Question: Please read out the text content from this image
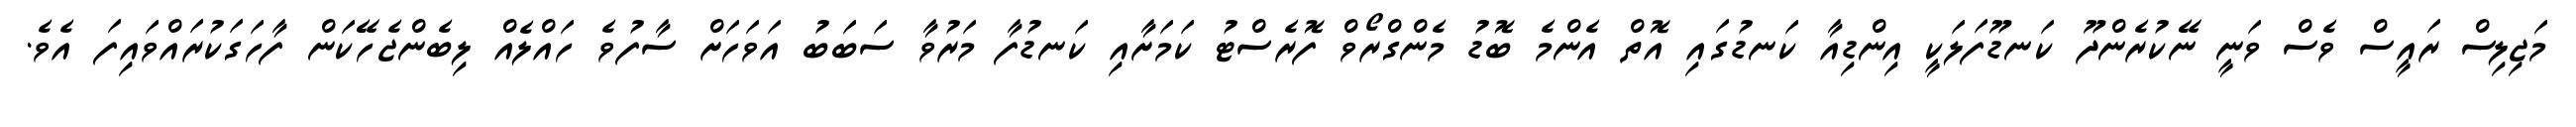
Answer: މަޖިލިސް ރައީސް ވެސް ވަނީ ނޭކުރެންދޫ ކަނޑޫފަލަކީ އިންޑިއާ ކަނޑުގައި އޮތް އެންމެ ބޮޑު މެންގްރޯވް ފޮރެސްޓު ކަމަށާއި ކަނޑުފާ މަރުވާ ސަބަބު އަވަހަށް ސާފުވެ ހައްލެއް ލިބެންޖެހޭކަން ފާހަގަކުރައްވައިފަ އެވެ.